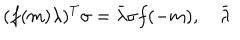
( f ( m ) \lambda ) ^ { T } \sigma = \bar { \lambda } \sigma f ( - m ) , \quad \bar { \lambda }